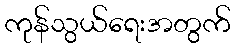
ကုန်သွယ်ရေးအတွက်